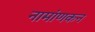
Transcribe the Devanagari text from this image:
नामांणकन